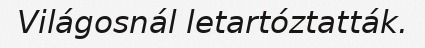
Világosnál letartóztatták.